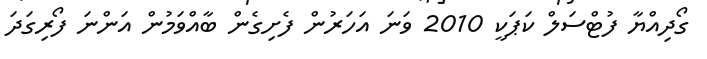
ގޯދިއްޔާ ފުޓްސަލް ކަޕަކީ 2010 ވަނަ އަހަރުން ފެށިގެން ބާއްވަމުން އަންނަ ފޯރިގަދަ